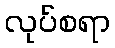
လုပ်စရာ